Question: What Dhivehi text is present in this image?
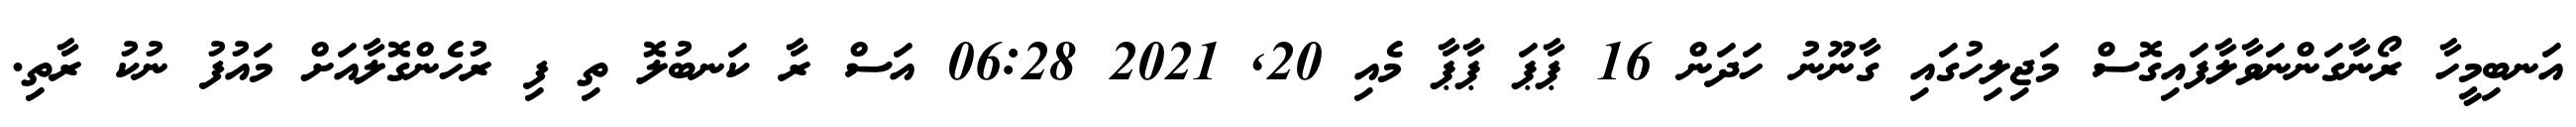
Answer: އަނބިމީހާ ރޯނާގަންނަވާލާފައިގޮސް މަޖިލިހުގައި ގާނޫނު ހަދަން 16 ޕާޕަ ޕާޕާ މެއި 20, 2021 06:28 އަސް ރާ ކަނބުލޮ ތި ފި ރުހެންގޮލާއަށް މައުފު ނުކު ރާތި.